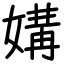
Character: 媾